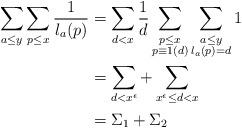
LaTeX: \begin{align*} \sum_{a\leq y}\sum_{p\leq x}\frac{1}{l_a(p)} &= \sum_{d<x}\frac 1d \sum_{\substack{{p\leq x} \\ {p\equiv 1 (d)}}} \sum_{\substack{{a\leq y} \\ {l_a(p)=d}}}1\\ &=\sum_{d<x^{\epsilon}} + \sum_{x^{\epsilon}\leq d<x}\\ &=\Sigma_1 + \Sigma_2 \end{align*}